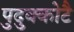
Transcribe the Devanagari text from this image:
पुदुक्कोटै